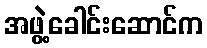
အဖွဲ့ခေါင်းဆောင်က